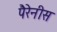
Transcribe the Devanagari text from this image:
पैरेनीस